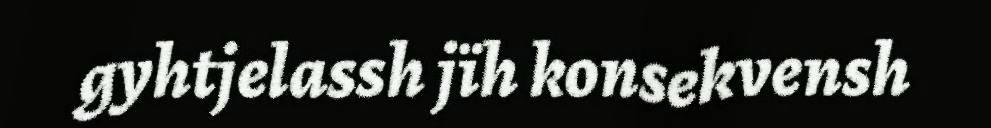
gyhtjelassh jïh konsekvensh